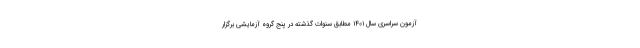
آزمون سراسری سال ۱۴۰۱ مطابق سنوات گذشته در پنج گروه آزمایشی برگزار